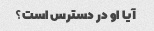
آیا او در دسترس است؟